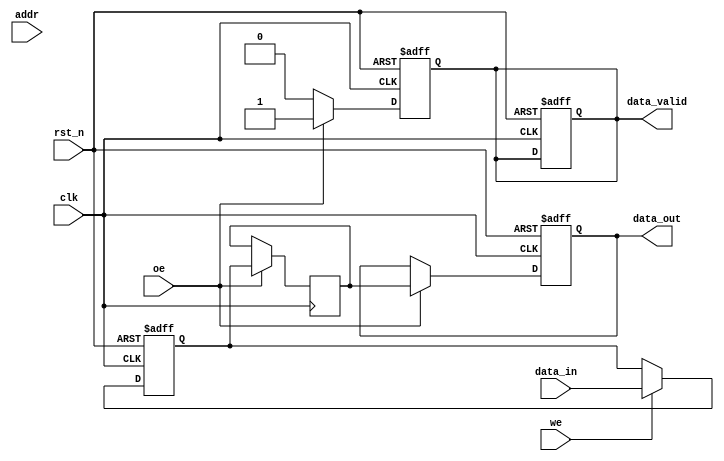
module io_block #(
    parameter DATA_WIDTH = 8, // Data width (8, 16, 32 bits)
    parameter ADDR_WIDTH = 10  // Address width (example: 10 bits)
)(
    input wire clk,            // System clock
    input wire rst_n,          // Active low reset
    input wire we,             // Write Enable
    input wire oe,             // Output Enable
    input wire [ADDR_WIDTH-1:0] addr, // Address input
    input wire [DATA_WIDTH-1:0] data_in, // Data input
    output reg [DATA_WIDTH-1:0] data_out, // Data output
    output reg data_valid      // Data valid signal
);

    // Internal signals
    reg [DATA_WIDTH-1:0] input_buffer;  // Input buffer
    reg [DATA_WIDTH-1:0] output_buffer; // Output buffer
    reg [ADDR_WIDTH-1:0] addr_latch;    // Address latch

    // Write Operation
    always @(posedge clk or negedge rst_n) begin
        if (!rst_n) begin
            input_buffer <= 0;
            addr_latch <= 0;
            data_valid <= 0;
        end else if (we) begin
            // Latch address and capture data into input buffer
            addr_latch <= addr;
            input_buffer <= data_in;
            // Here you would include logic to write the data to memory cells
        end
    end

    // Read Operation
    always @(posedge clk or negedge rst_n) begin
        if (!rst_n) begin
            data_out <= 0;
            data_valid <= 0;
        end else if (oe) begin
            // Latch address for read and output data
            addr_latch <= addr;
            // Here you would include logic to read the data from memory cells
            // For demonstration purposes, we output the input buffer
            data_out <= output_buffer; // Assume output_buffer is populated with data from memory
            data_valid <= 1;            // Signal that data is valid
        end else begin
            data_valid <= 0;            // Clear data valid if not outputting
        end
    end

    // Simulated Memory Read (for demonstration)
    always @(posedge clk) begin
        if (oe) begin
            // Simulate reading data from memory cells into output buffer
            output_buffer <= input_buffer; // In practice, this would be a memory read operation
        end
    end

endmodule